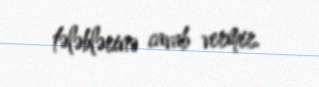
tələblərinə cavab vermir.